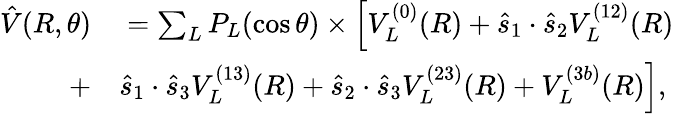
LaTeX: \begin{array}{rl}{\hat{V}(R,\theta)}&{{}=\sum_{L}P_{L}(\cos\theta)\times\Big[V_{L}^{(0)}(R)+\hat{s}_{1}\cdot\hat{s}_{2}V_{L}^{(12)}(R)}\\ {+}&{{}\hat{s}_{1}\cdot\hat{s}_{3}V_{L}^{(13)}(R)+\hat{s}_{2}\cdot\hat{s}_{3}V_{L}^{(23)}(R)+V_{L}^{(3b)}(R)\Big],}\end{array}